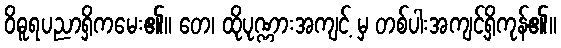
ဝိဓူရပညာရှိကမေး၏။ တေ၊ ထိုပုဏ္ဏားအကျင့် မှ တစ်ပါးအကျင့်ရှိကုန်၏။